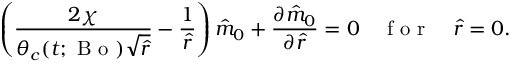
\left( \frac { 2 \chi } { \theta _ { c } ( t ; \mathrm { ~ B ~ o ~ } ) \sqrt { \hat { r } } } - \frac { 1 } { \hat { r } } \right) \hat { m } _ { 0 } + \frac { \partial \hat { m } _ { 0 } } { \partial \hat { r } } = 0 \quad \mathrm { ~ f ~ o ~ r ~ } \quad \hat { r } = 0 .